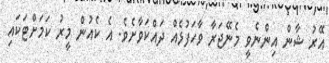
އޭރު ޝާން އިންނެވީ މެނޭޖަރާ ވާހަފުޅެއް ދައްކަވާށެވެ. އެ ކެއުން މީރު ކަމަށްޓަކައި